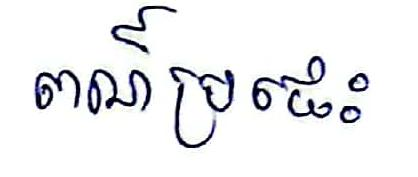
ពណ៍ប្រផេះ